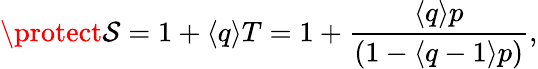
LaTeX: \protect{\cal{S}}=1+\langle q\rangle T=1+{\frac{\langle q\rangle p}{(1-\langle q-1\rangle p)}},